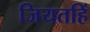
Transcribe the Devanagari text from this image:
जियतहिं